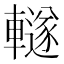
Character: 䡵